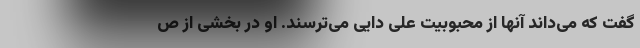
گفت که می‌داند آنها از محبوبیت علی دایی می‌ترسند. او در بخشی از ص